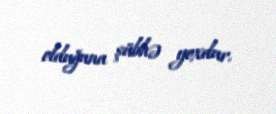
olduğuna şübhə yoxdur.